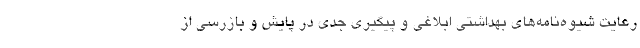
رعایت شیوه‌نامه‌های بهداشتی ابلاغی و پیگیری جدی در پایش و بازرسی از